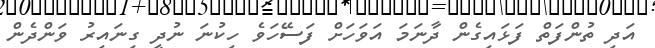
އަދި ތުންފަތް ފަޅައިގެން ދާނަމަ އަވަހަށް ފަސޭހަވެ ހިކުނަ ނުދީ ގިނައިރު ވަންދެން